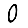
Digit: 0